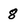
Character: 8